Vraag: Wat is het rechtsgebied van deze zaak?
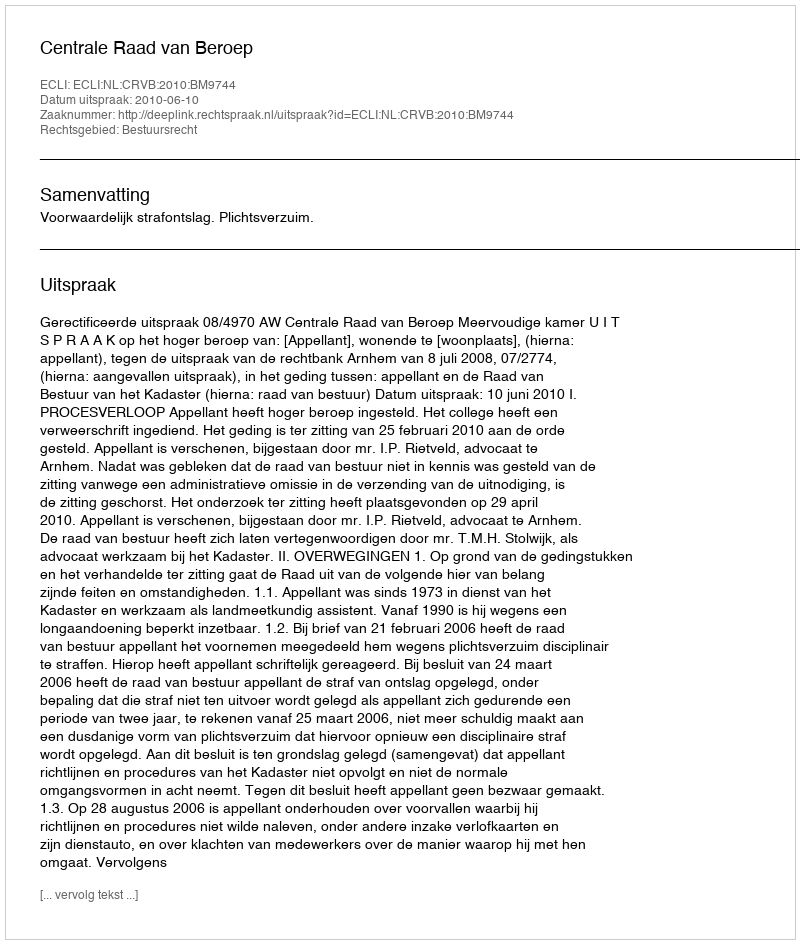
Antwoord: Bestuursrecht